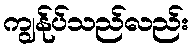
ကျွန်ုပ်သည်လည်း